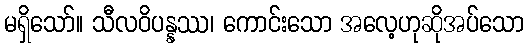
မရှိသော်။ သီလဝိပန္နဿ၊ ကောင်းသော အလေ့ဟုဆိုအပ်သော